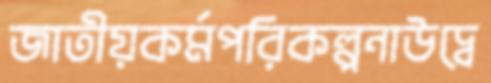
জাতীয়কর্মপরিকল্পনাউদ্বে